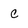
Character: c